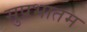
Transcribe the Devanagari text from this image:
सुप्रभातम